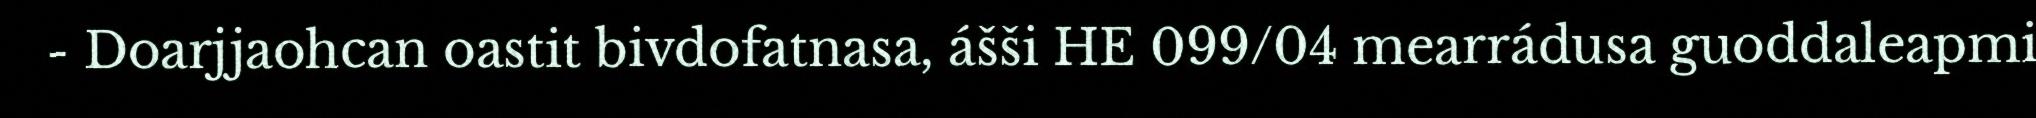
- Doarjjaohcan oastit bivdofatnasa, ášši HE 099/04 mearrádusa guoddaleapmi